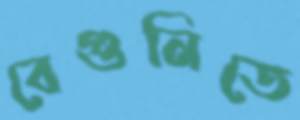
বেগুনিতে